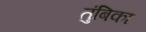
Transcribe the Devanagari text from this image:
तुंबिका